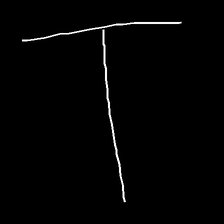
Glyph: column